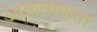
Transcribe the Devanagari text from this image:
आक्रत्मकता